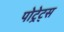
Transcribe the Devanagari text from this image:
पोट्रेट्स